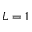
L = 1